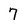
Character: 7